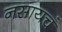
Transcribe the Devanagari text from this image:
नसायचं